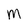
Character: M